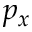
p _ { x }